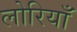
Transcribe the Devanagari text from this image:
लोरियाँ